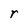
Character: r